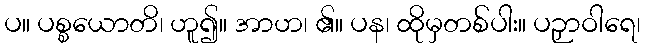
ပ။ ပစ္စယောတိ၊ ဟူ၍။ အာဟ၊ ၏။ ပန၊ ထိုမှတစ်ပါး။ ပဉှာဝါရေ၊